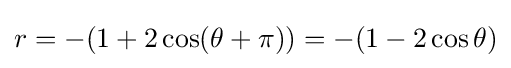
r=-(1+2\cos(\theta +\pi ))=-(1-2\cos \theta )